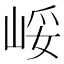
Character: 㟎